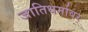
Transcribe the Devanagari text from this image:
जातिधर्मावर